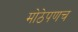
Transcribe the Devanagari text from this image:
मोठेपणच